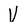
Character: V